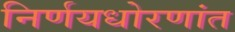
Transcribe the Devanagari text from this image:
निर्णयधोरणांत